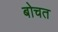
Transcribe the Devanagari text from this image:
बोचत